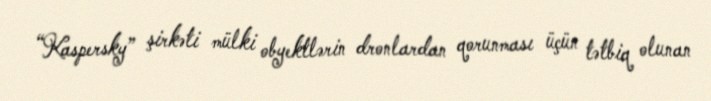
“Kaspersky” şirkəti mülki obyektlərin dronlardan qorunması üçün tətbiq olunan